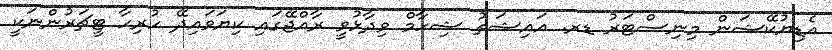
އެޑިޔުކޭޝަން މިނިސްޓަރު ޑރ. އައިޝަތު ޝިހާމް ވިދާޅުވީ ރާއްޖޭގައި ކިޔަވައިދޭ ހުރިހާ ޓީޗަރުންނަކީ